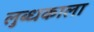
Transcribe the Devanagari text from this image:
लुब्धकाला